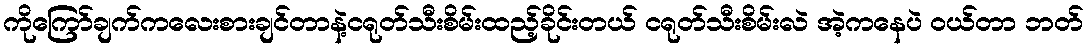
ကိုကြော်ချက်ကလေးစားချင်တာနဲ့ငရုတ်သီးစိမ်းထည့်ခိုင်းတယ် ငရုတ်သီးစိမ်းလဲ အဲ့ကနေပဲ ဝယ်တာ ဘတ်